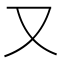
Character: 又